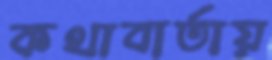
কথাবার্তায়